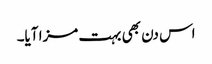
اس دن بھی بہت مزا آیا۔